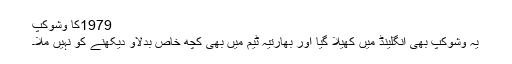
1979کا وشوکپ
یہ وشوکپ بھی انگلینڈ میں کھیلا گیا اور بھارتیہ ٹیم میں بھی کچھ خاص بدلاؤ دیکھنے کو نہیں ملا۔